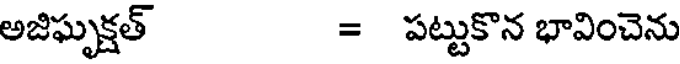
అజిఘృక్షత్ = పట్టుకొన భావించెను